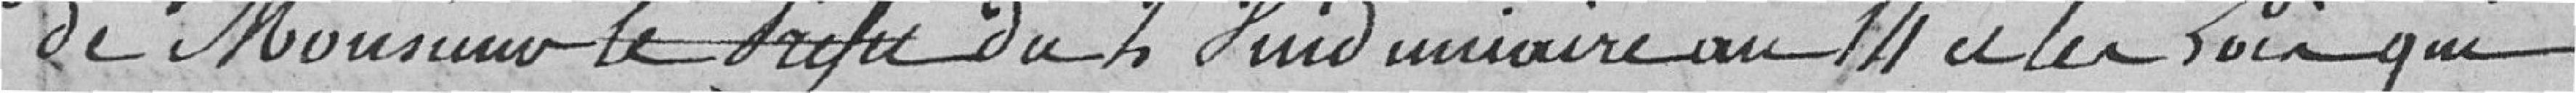
de Monsieur le Préfet du 2 Véndémiaire au 14 et les lois qui